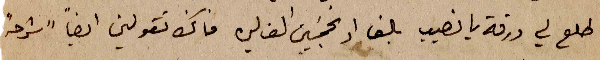
طلع لي ورقة يانصيب بالف او بخمسين الف ليرة فانك تقولين ايضا "شرحه"